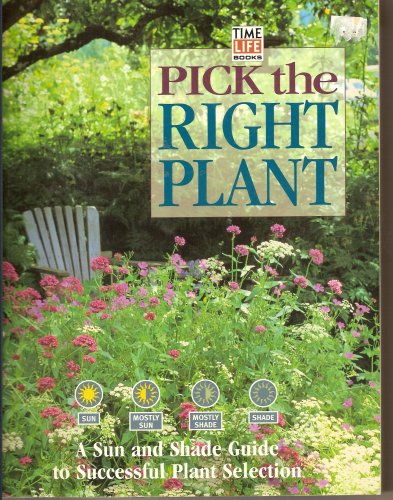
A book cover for Pick the Right Plant: A Sun and Shade Guide to Successful Plant Selection (Adapted from The Time-Life Gardening Series); Crafts, Hobbies & Home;